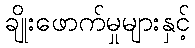
ချိုးဖောက်မှုများနှင့်